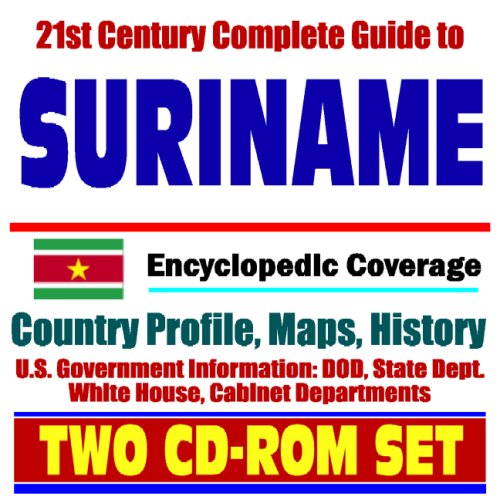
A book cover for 21st Century Complete Guide to Suriname - Encyclopedic Coverage, Country Profile, History, DOD, State Dept., White House, CIA Factbook (Two CD-ROM Set); U.S. Government; Travel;